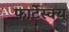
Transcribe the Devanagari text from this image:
फार्टेस्क्यू